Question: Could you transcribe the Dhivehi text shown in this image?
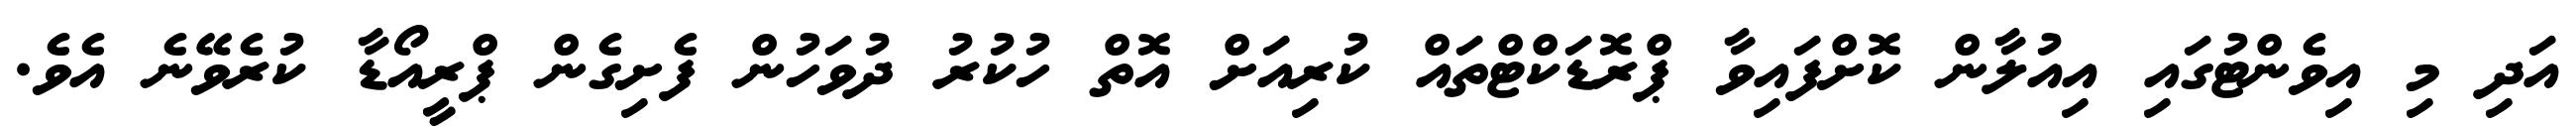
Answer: އަދި މި އިވެންޓުގައި އިއުލާން ކޮށްފައިވާ ޕްރޮޑަކްޓްތައް ކުރިއަށް އޮތް ހުކުރު ދުވަހުން ފެށިގެން ޕްރީއޯޑާ ކުރެވޭނެ އެވެ.